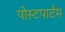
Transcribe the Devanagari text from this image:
पोस्‍टपार्टम